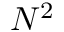
N ^ { 2 }